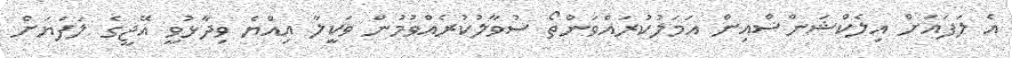
އެ ލަފައަށް އިލެކްޝަންސްއިން އަމަލުކުރައްވަންތޯ ސުވާލުކުރެއްވުމުން ވަކީލާ އިއްޔެ ވިދާޅުވީ އޭޖީގެ ލަފަޔަށް